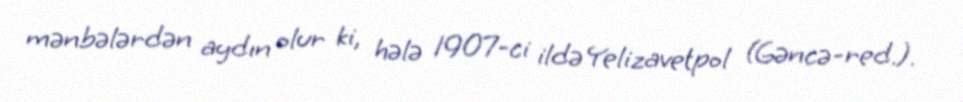
mənbələrdən aydın olur ki, hələ 1907-ci ildə Yelizavetpol (Gəncə-red.).